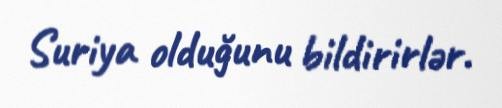
Suriya olduğunu bildirirlər.